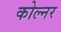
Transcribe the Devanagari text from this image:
कोल्नर